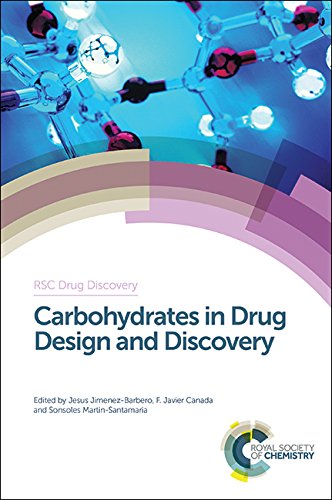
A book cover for Carbohydrates in Drug Design and Discovery (RSC Drug Discovery); Medical Books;